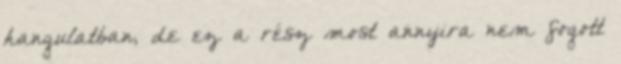
hangulatban, de ez a rész most annyira nem fogott